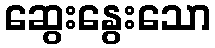
ဆွေးနွေးသော